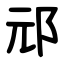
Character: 邧